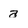
Character: a